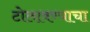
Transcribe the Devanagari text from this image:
टोलावण्याचा